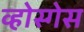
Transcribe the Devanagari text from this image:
व्होस्गेस